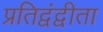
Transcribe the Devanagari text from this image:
प्रतिद्वंद्वीता